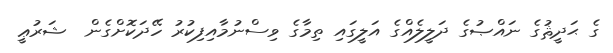
ގެ ޙަދީޘުގެ ނައްޞުގެ ދަލީލެއްގެ އަލީގައި ތިމާގެ ވިސްނުމާއިފިކުރު ހޭދަކޮށްގެން  ޝަރުޢީ